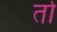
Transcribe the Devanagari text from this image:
तोे